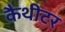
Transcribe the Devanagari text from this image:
कैथीटर